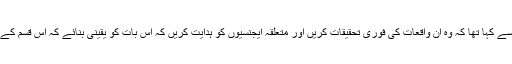
ہندوستان نے پاکستانی حکام سے کہا تھا کہ وہ ان واقعات کی فوری تحقیقات کریں اور متعلقہ ایجنسیوں کو ہدایت کریں کہ اس بات کو یقینی بنائے کہ اس قسم کے واقعات دوبارہ نہ رونما ہوں۔